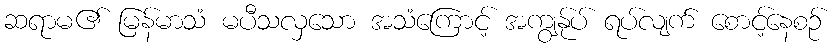
ဆရာမ၏ မြန်မာသံ မပီသလှသော အသံကြောင့် အကျွန်ုပ် ရပ်လျက် စောင့်နေစဉ်